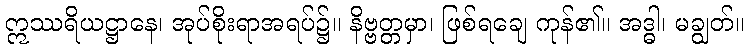
ဣဿရိယဋ္ဌာနေ၊ အုပ်စိုးရာအရပ်၌။ နိဗ္ဗတ္တမှာ၊ ဖြစ်ရချေ ကုန်၏။ အဒ္ဓါ၊ မချွတ်။